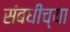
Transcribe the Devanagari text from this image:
संबधीच्या